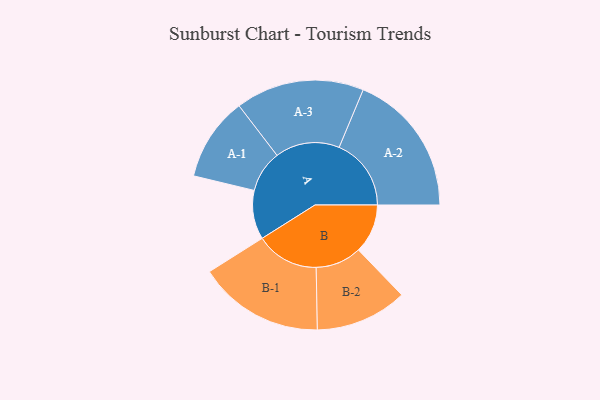
{"axis": {"x": "Segment", "y": "Value"}, "legend": ["", "A", "B"], "data": [{"x": "A", "y": 178, "type": ""}, {"x": "B", "y": 179, "type": ""}, {"x": "A-1", "y": 152, "type": "A"}, {"x": "A-2", "y": 262, "type": "A"}, {"x": "A-3", "y": 234, "type": "A"}, {"x": "B-1", "y": 229, "type": "B"}, {"x": "B-2", "y": 167, "type": "B"}]}